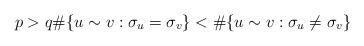
LaTeX: \begin{align*} p > q \#\{u \sim v: \sigma_u = \sigma_v\} < \#\{u \sim v: \sigma_u \ne \sigma_v\} \end{align*}